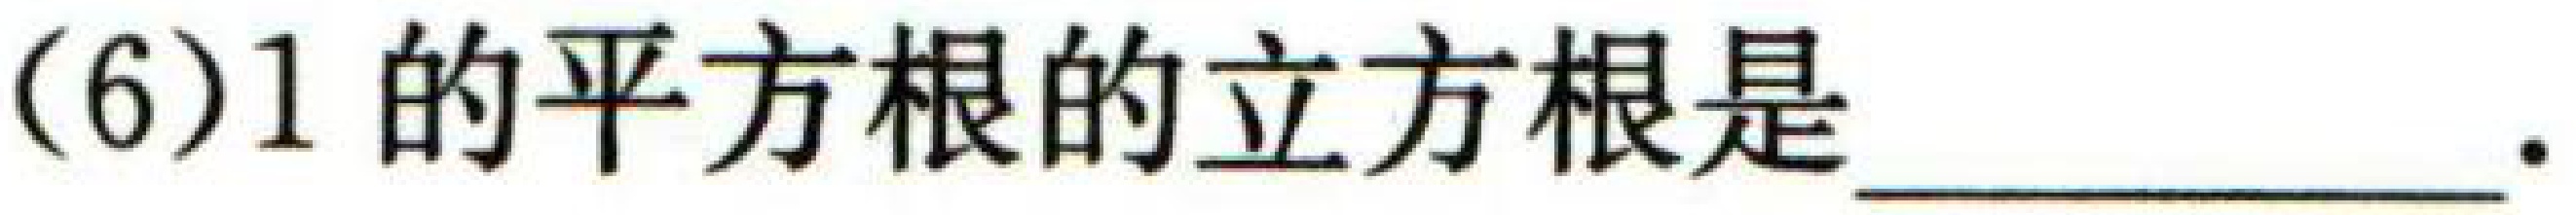
(6)\(1\)的平方根的立方根是 \_\_\_\_\_\_\_\_\_\_\_\_\_\_ .